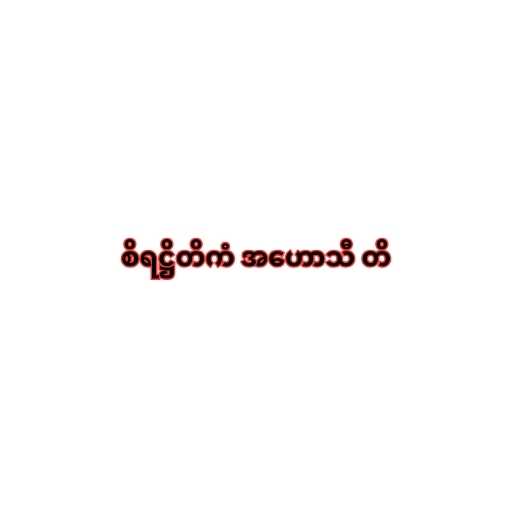
စိရဋ္ဌိတိကံ အဟောသီ တိ